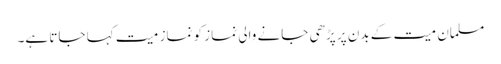
مسلمان میت کے بدن پر پڑھی جانے والی نماز کو نماز میت کہا جاتا ہے۔